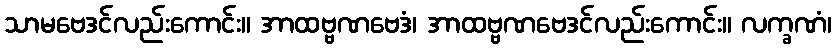
သာမဗေဒင်လည်းကောင်း။ အာထဗ္ဗဏဗေဒံ၊ အာထဗ္ဗဏဗေဒင်လည်းကောင်း။ လက္ခဏံ၊